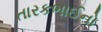
તારકભાઈનો